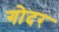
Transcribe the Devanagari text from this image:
गोदर